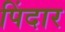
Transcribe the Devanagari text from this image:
पिंदार